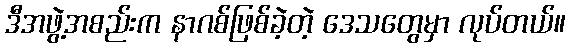
ဒီအဖွဲ့အစည်းက နာဂစ်ဖြစ်ခဲ့တဲ့ ဒေသတွေမှာ လုပ်တယ်။